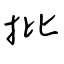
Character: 批